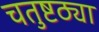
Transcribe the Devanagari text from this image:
चतुष्टठ्या